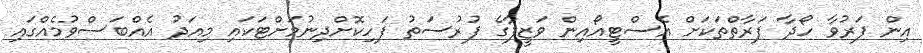
އިން ފަރުވާ ހޯދާ ފަރާތްތަކަށް އެސްޓީއޯއިން ވަޒީފާގެ ފުރުސަތު ފަހިކޮށްދިނުމަށްޓަކައި މިއަދު އެއްބަސްވުމެއްގައި